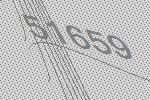
51659